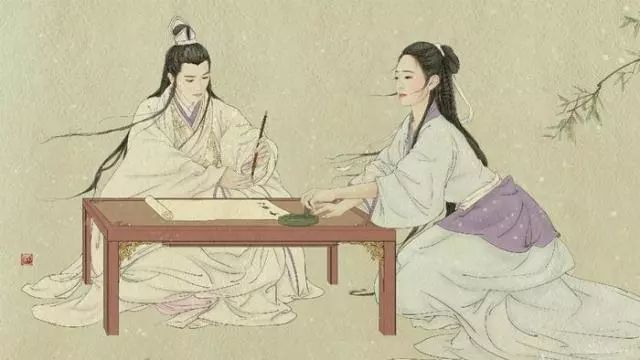
妆罢低声问夫婿，画眉深浅入时无。